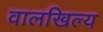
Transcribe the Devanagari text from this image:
वालखिल्‍य